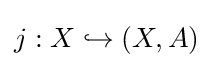
j:X\hookrightarrow (X,A)